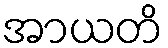
အာယတိ